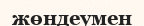
жөндеумен